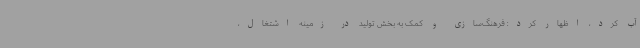
آب کرد، اظهار کرد: فرهنگ‌سازی و کمک به بخش تولید در زمینه اشتغال،